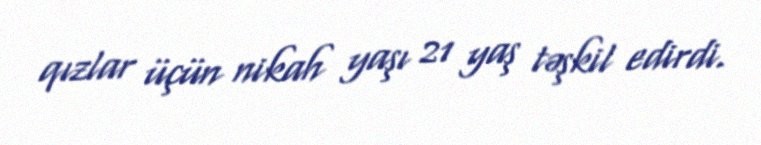
qızlar üçün nikah yaşı 21 yaş təşkil edirdi.